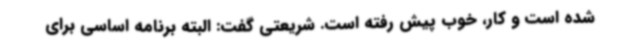
شده است و کار، خوب پیش رفته است. شریعتی گفت: البته برنامه اساسی برای